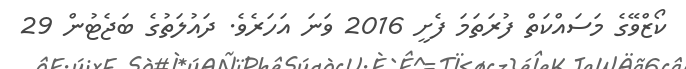
ކޯޒްވޭގެ މަސައްކަތް ފުރަތަމަ ފެށީ 2016 ވަނަ އަހަރެވެ. ދައުލަތުގެ ބަޖެޓުން 29